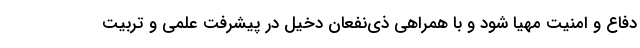
دفاع و امنیت مهیا شود و با همراهی ذی‌نفعان دخیل در پیشرفت علمی و تربیت